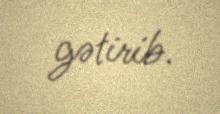
gətirib.